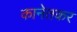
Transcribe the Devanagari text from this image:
कानेतकर